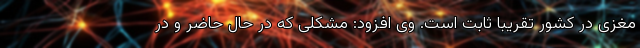
مغزی در کشور تقریبا ثابت است. وی افزود: مشکلی که در حال حاضر و در